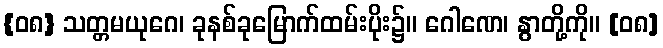
{၀၈} သတ္တမယုဂေ၊ ခုနစ်ခုမြောက်ထမ်းပိုး၌။ ဂေါဏေ၊ နွာတို့ကို။ [၀၈]